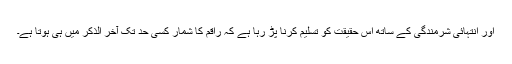
اور انتہائی شرمندگی کے ساتھ اس حقیقت کو تسلیم کرنا پڑ رہا ہے کہ راقم کا شمار کسی حد تک آخر الذکر میں ہی ہوتا ہے۔